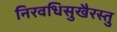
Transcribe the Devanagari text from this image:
निरवधिसुखैरस्तु